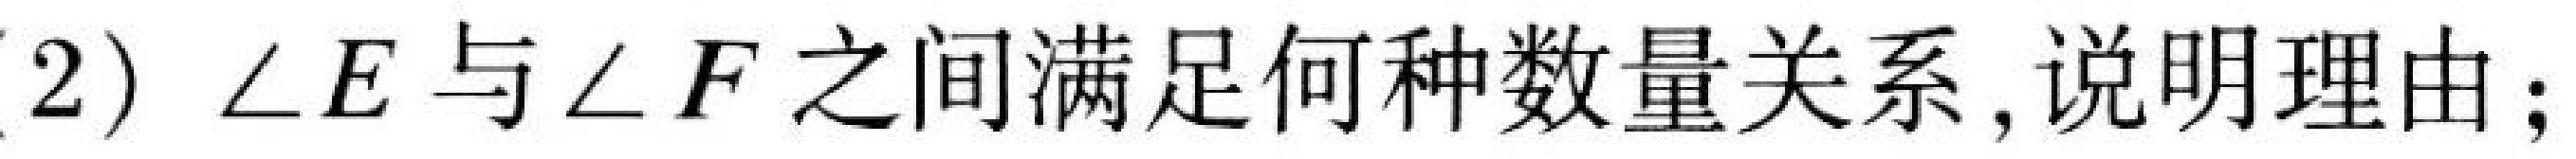
(2)$\angle E$与$\angle F$之间满足何种数量关系,说明理由;